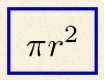
\pi r^2